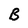
Character: B